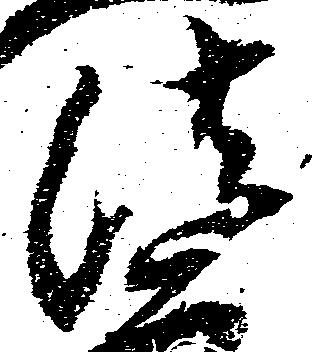
法